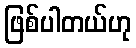
ဖြစ်ပါတယ်ဟု